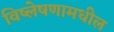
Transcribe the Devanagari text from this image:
विष्लेषणामधील